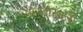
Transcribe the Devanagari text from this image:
माथ्याखाली